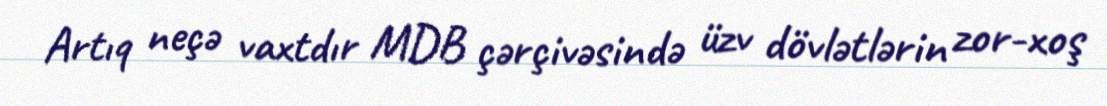
Artıq neçə vaxtdır MDB çərçivəsində üzv dövlətlərin zor-xoş